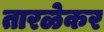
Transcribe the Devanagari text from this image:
तारळेकर